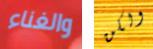
والغناء ولكن